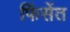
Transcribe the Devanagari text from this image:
फिंसेंत